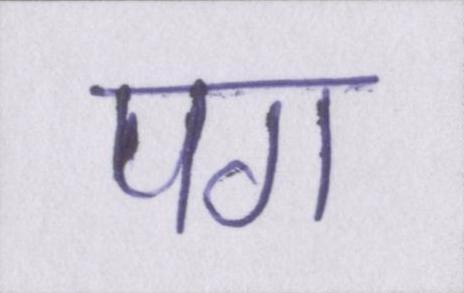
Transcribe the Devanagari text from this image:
पग